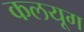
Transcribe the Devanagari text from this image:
कलयूग